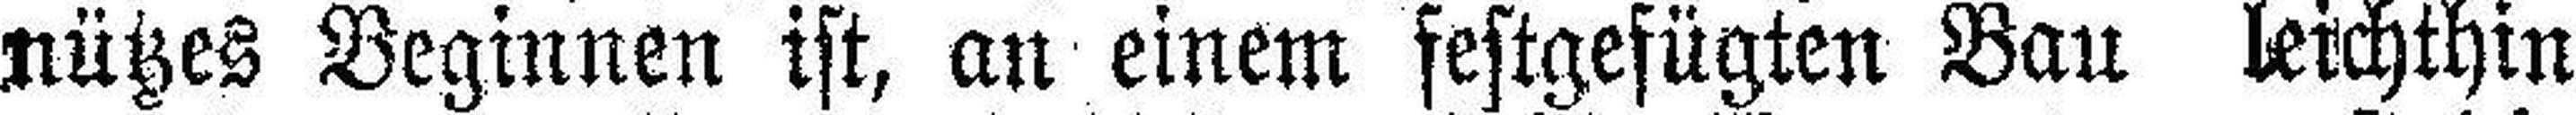
nützes Beginnen ist, an einem festgefügten Bau leichthin